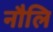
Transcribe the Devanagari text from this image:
नौलि